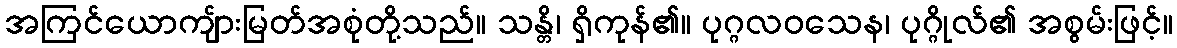
အကြင်ယောကျ်ားမြတ်အစုံတို့သည်။ သန္တိ၊ ရှိကုန်၏။ ပုဂ္ဂလဝသေန၊ ပုဂ္ဂိုလ်၏ အစွမ်းဖြင့်။